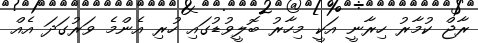
ރާޖް ކުމާރު ހިރާނީ އަކީ މިހާރު ބޮލީވުޑުގައި ހުރި އެންމެ ވަރުގަދަ އެއް